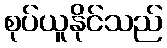
စုပ်ယူနိုင်သည်